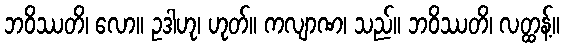
ဘဝိဿတိ၊ လော။ ဥဒါဟု၊ ဟုတ်။ ကလျာဏ၊ သည်။ ဘဝိဿတိ၊ လတ္ထန့်။